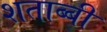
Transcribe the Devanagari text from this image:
शताब्बी